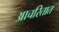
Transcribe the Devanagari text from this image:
आचरितात